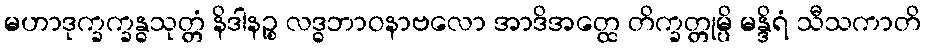
မဟာဒုက္ခက္ခန္ဓသုတ္တံ နိဒါနဉ္စ လဒ္ဓဘာဝနာဗလော အာဒိအတ္ထေ တိက္ခတ္တုမ္ပိ မန္ဒိရံ သီသကာတိ